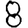
Digit: 8